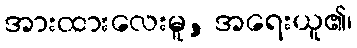
အားထားလေးမူ, အရေးယူ၏၊